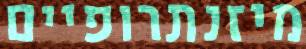
מיזנתרופיים